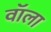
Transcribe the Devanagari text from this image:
वॉला